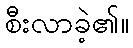
စီးလာခဲ့၏။